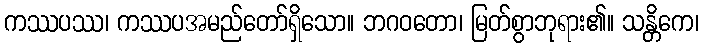
ကဿပဿ၊ ကဿပအမည်တော်ရှိသော။ ဘဂဝတော၊ မြတ်စွာဘုရား၏။ သန္တိကေ၊